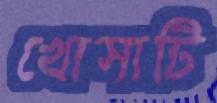
খোসাটি